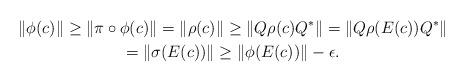
LaTeX: \begin{gather*} \|\phi(c)\|\geq \|\pi\circ\phi(c)\| =\|\rho(c)\|\geq\|Q\rho(c)Q^*\| =\|Q\rho(E(c))Q^*\|\\ = \|\sigma(E(c))\| \geq \|\phi(E(c))\|-\epsilon.\end{gather*}